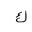
Letter: _kaf